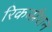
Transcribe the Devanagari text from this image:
रिकम्प्रैशन